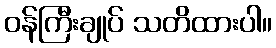
ဝန်ကြီးချုပ် သတိထားပါ။